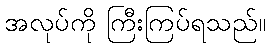
အလုပ်ကို ကြီးကြပ်ရသည်။